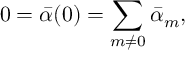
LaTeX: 0 = { \bar { \alpha } } ( 0 ) = \sum _ { m \neq 0 } { \bar { \alpha } } _ { m } ,